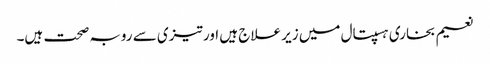
نعیم بخاری ہسپتال میں زیر علاج ہیں اور تیزی سے روبہ صحت ہیں۔